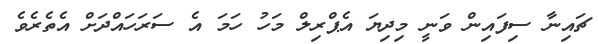
ޗައިނާ ސިފައިން ވަނީ މިދިޔަ އެޕްރިލް މަހު ހަމަ އެ ސަރަހައްދަށް އެތެރެވެ